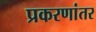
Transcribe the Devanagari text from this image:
प्रकरणांतर